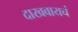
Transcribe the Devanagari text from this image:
दाखवायचं